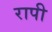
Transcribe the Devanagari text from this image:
रापी